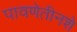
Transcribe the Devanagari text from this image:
पावणेतीनशे